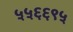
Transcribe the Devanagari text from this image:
५५६६९५